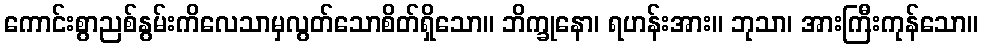
ကောင်းစွာညစ်နွမ်းကိလေသာမှလွတ်သောစိတ်ရှိသော။ ဘိက္ခုနော၊ ရဟန်းအား။ ဘုသာ၊ အားကြီးကုန်သော။